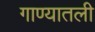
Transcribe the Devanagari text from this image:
गाण्यातली